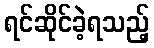
ရင်ဆိုင်ခဲ့ရသည့်